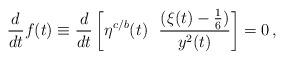
LaTeX: \begin{align*}{\frac{d}{dt}} f(t)\equiv {\frac{d}{dt}}\left[ \eta^{c/b} (t) ~~{\frac{(\xi (t)-{\frac{1}{6}})}{y^2 (t)}} \right]=0\, ,\end{align*}